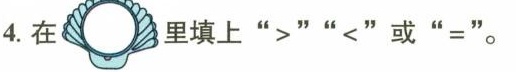
4.在 里填上“>”“<”或“=”。